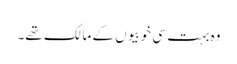
وہ بہت سی خوبیوں کے مالک تھے۔